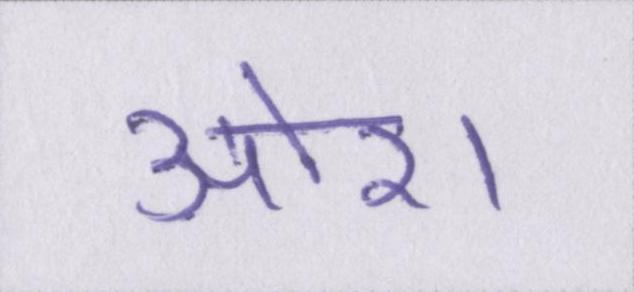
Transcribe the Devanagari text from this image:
ओर।